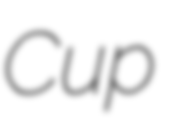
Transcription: Cup